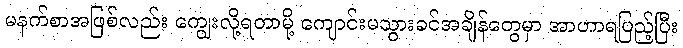
မနက်စာအဖြစ်လည်း ကျွေးလို့ရတာမို့ ကျောင်းမသွားခင်အချိန်တွေမှာ အာဟာရပြည့်ပြီး